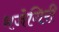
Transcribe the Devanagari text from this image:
भजेगिरी